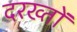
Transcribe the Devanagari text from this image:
दरख्तों